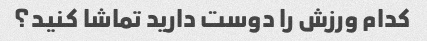
کدام ورزش را دوست دارید تماشا کنید؟